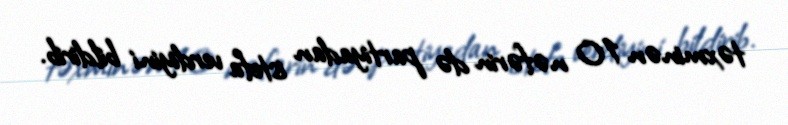
təxminən 10 nəfərin də partiyadan istefa verdiyini bildirib.